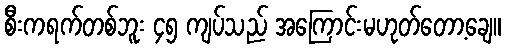
စီးကရက်တစ်ဘူး ၄၅ ကျပ်သည် အကြောင်းမဟုတ်တော့ချေ။